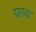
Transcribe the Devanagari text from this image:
डाहाका